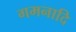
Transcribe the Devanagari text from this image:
गमनादि